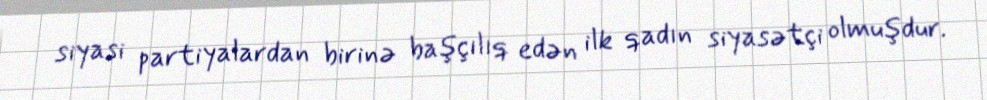
siyasi partiyalardan birinə başçılıq edən ilk qadın siyasətçi olmuşdur.